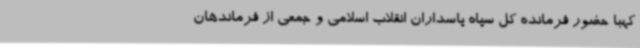
کهبا حضور فرمانده کل سپاه پاسداران انقلاب اسلامی و جمعی از فرماندهان